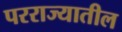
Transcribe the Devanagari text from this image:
परराज्यातील